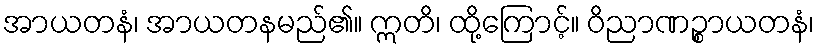
အာယတနံ၊ အာယတနမည်၏။ ဣတိ၊ ထို့ကြောင့်။ ဝိညာဏဉ္စာယတနံ၊